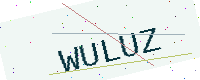
Text: WULUZ